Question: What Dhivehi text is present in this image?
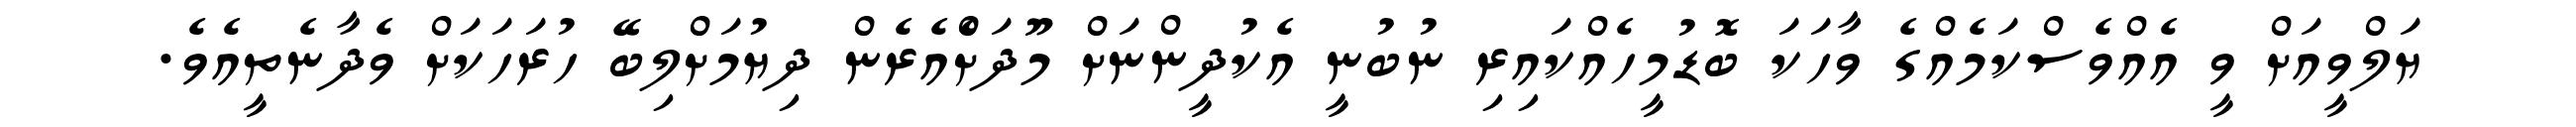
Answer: ޔަލްވީއަށް ވީ އެއްވެސްކަމެއްގެ ވާހަކަ ބޮޑުމީހެއްކައިރި ނުބުނީ އެކުދީންނަށް މޫދަށްެއެރެން ދިޔުމަށްލިބޭ ހުރަހަކަށް ވެދާނެތީއެވެ.